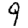
Digit: 9